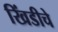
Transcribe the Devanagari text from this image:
खिंडीचे